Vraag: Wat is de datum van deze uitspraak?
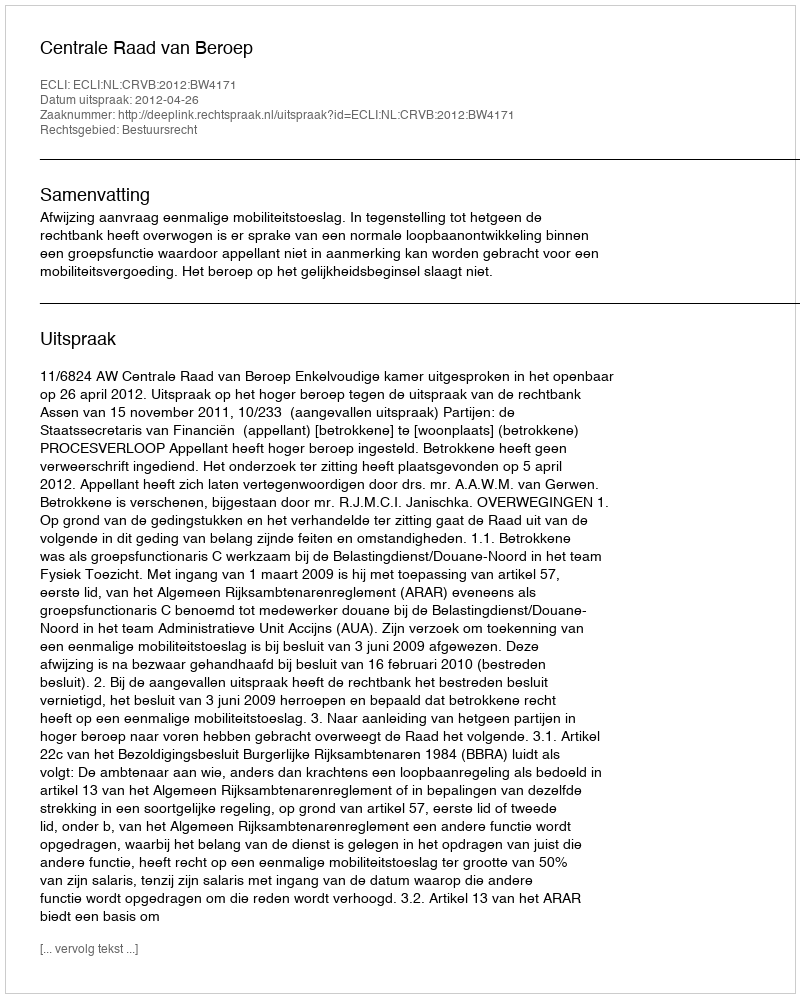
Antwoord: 2012-04-26